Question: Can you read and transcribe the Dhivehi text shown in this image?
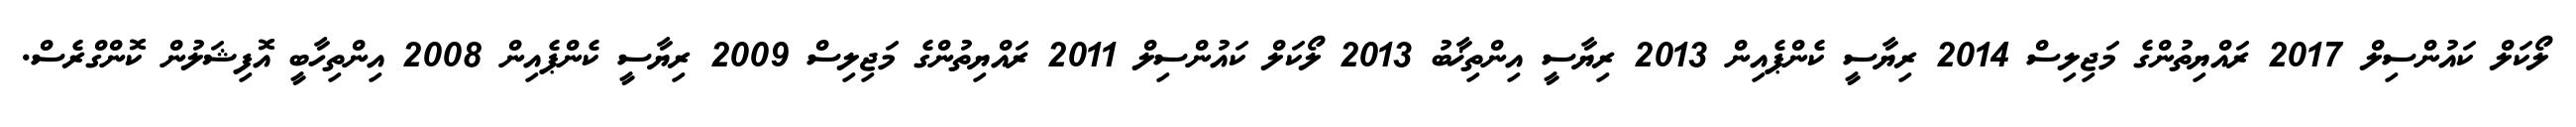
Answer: ލޯކަލް ކައުންސިލް 2017 ރައްޔިތުންގެ މަޖިލިސް 2014 ރިޔާސީ ކެންޕެއިން 2013 ރިޔާސީ އިންތިޚާބު 2013 ލޯކަލް ކައުންސިލް 2011 ރައްޔިތުންގެ މަޖިލިސް 2009 ރިޔާސީ ކެންޕެއިން 2008 އިންތިހާބީ އޮފިޝަލުން ކޮންގްރެސް.